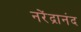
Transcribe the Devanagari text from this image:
नरेंद्रानंद